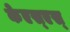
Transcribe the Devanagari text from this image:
केएस्‌एस्‌